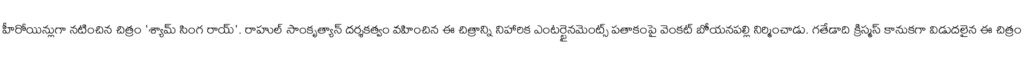
హీరోయిన్లుగా నటించిన చిత్రం 'శ్యామ్ సింగ రాయ్'. రాహుల్ సాంకృత్యాన్ దర్శకత్వం వహించిన ఈ చిత్రాన్ని నిహారిక ఎంటర్టైనమెంట్స్ పతాకంపై వెంకట్ బోయనపల్లి నిర్మించాడు. గతేడాది క్రిస్మస్ కానుకగా విడుదలైన ఈ చిత్రం